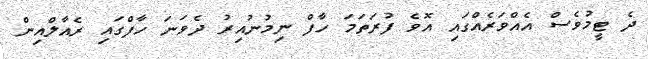
ދެ ޓީމުވެސް އެއްވަރެއްގައި އޮވެ ފުރަތަމަ ހާފް ނިމުނުއިރު ދެވަނަ ހާފްގައި ރެއާލްއިން